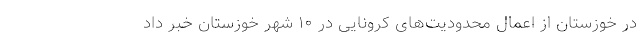
در خوزستان از اعمال محدودیت‌های کرونایی در ۱۰ شهر خوزستان خبر داد